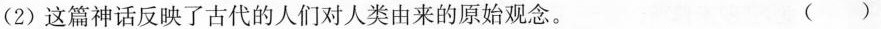
(2)这篇神话反映了古代的人们对人类由来的原始观念。 ( )